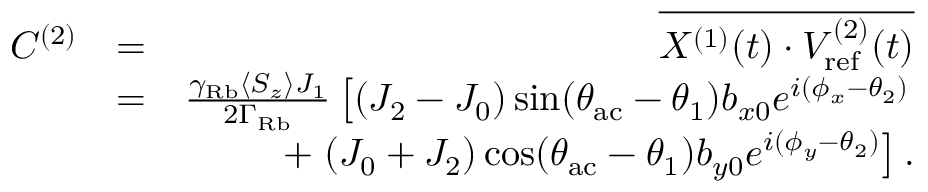
\begin{array} { r l r } { C ^ { ( 2 ) } } & { = } & { \overline { { X ^ { ( 1 ) } ( t ) \cdot V _ { \mathrm { r e f } } ^ { ( 2 ) } ( t ) } } } \\ & { = } & { \frac { \gamma _ { \mathrm { R b } } \langle S _ { z } \rangle J _ { 1 } } { 2 \Gamma _ { \mathrm { R b } } } \left[ ( J _ { 2 } - J _ { 0 } ) \sin ( \theta _ { \mathrm { a c } } - \theta _ { 1 } ) b _ { x 0 } e ^ { i ( \phi _ { x } - \theta _ { 2 } ) } \right. } \\ & { } & { + \left. ( J _ { 0 } + J _ { 2 } ) \cos ( \theta _ { \mathrm { a c } } - \theta _ { 1 } ) b _ { y 0 } e ^ { i ( \phi _ { y } - \theta _ { 2 } ) } \right] . } \end{array}